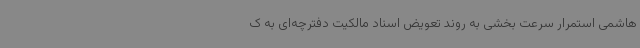
هاشمی استمرار سرعت بخشی به روند تعویض اسناد مالکیت دفترچه‌ای به ک